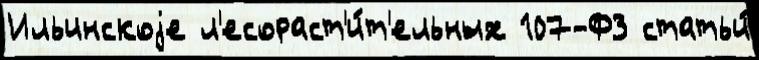
Ильинскоjе л'есораст'и́т'ельных 107-ФЗ статьи́